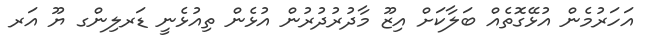
އަހަރުމެން އުޅޭގޮތެއް ބަލާކަށް އިޒޫ މާދުރުދުރުން އުޅެން ތިއުޅެނީ ޑަރލިންގ ޔޫ އަރ